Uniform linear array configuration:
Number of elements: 16
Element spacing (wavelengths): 0.25
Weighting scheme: exponential
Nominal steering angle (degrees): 15
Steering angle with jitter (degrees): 13.698
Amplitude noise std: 0.05
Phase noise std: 0.05

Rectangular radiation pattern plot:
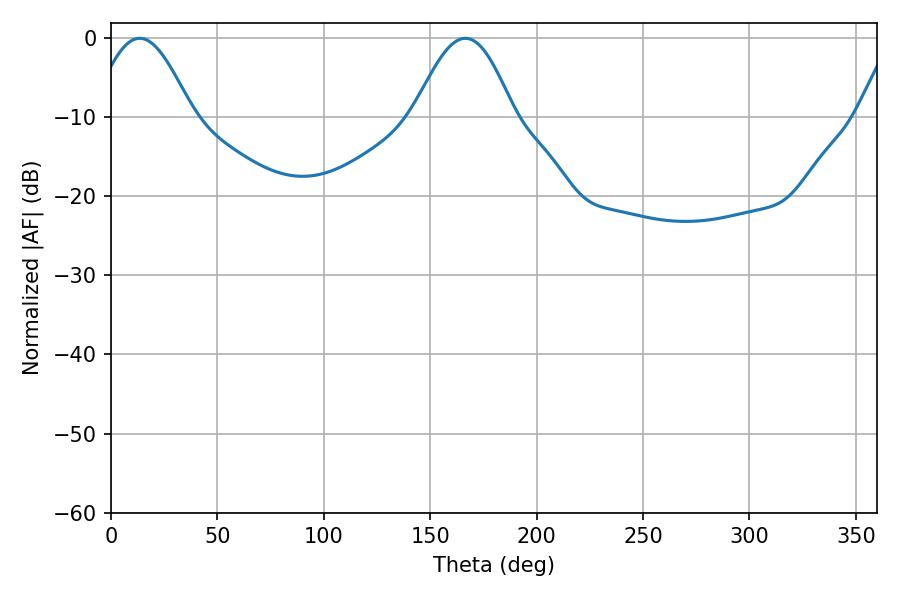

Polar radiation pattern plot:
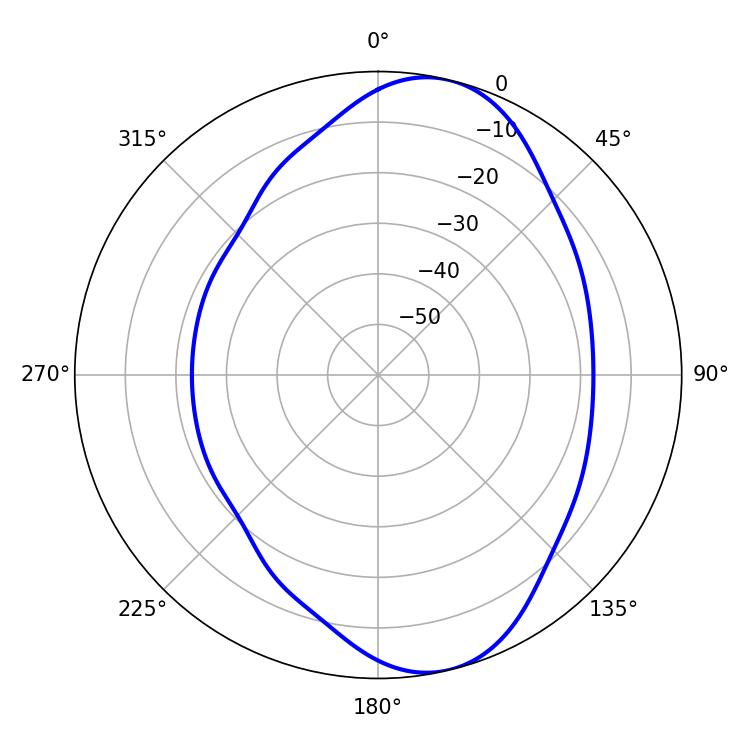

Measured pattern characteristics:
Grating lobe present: FALSE
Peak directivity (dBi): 8.87
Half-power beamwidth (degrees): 25.38
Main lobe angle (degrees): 166.5